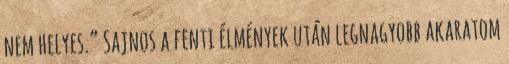
nem helyes.” Sajnos a fenti élmények után legnagyobb akaratom